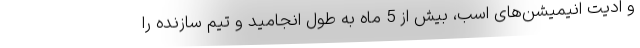
و ادیت انیمیشن‌های اسب، بیش از 5 ماه به طول انجامید و تیم سازنده را